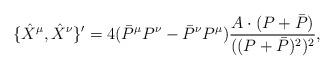
LaTeX: \begin{align*}\{\hat{X}^{\mu }, \hat{X}^{\nu}\}'=4(\bar{P}^{\mu }P^{\nu}-\bar{P}^{\nu}P^{\mu})\frac{A\cdot (P+\bar{P})}{((P+\bar{P})^2)^2},\end{align*}